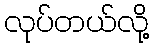
လုပ်တယ်လို့